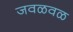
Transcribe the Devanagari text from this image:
जवळवळ